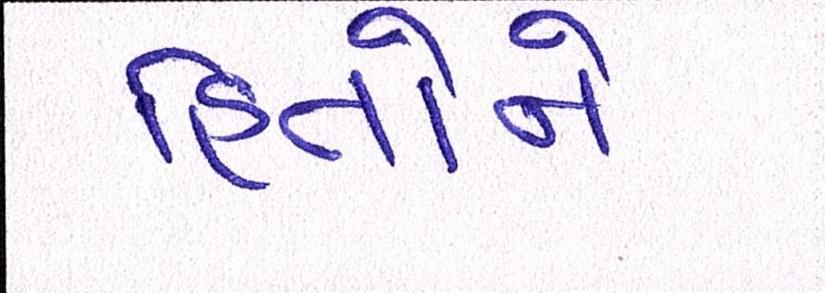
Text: હિતોને